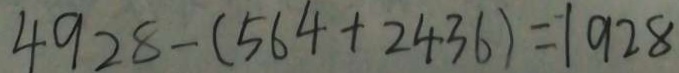
4 9 2 8 - ( 5 6 4 + 2 4 3 6 ) = 1 9 2 8